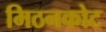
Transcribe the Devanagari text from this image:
मिठनकोट